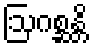
ဩဂစ္ဆန္တိ